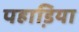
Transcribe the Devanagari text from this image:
पहाडि़या